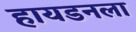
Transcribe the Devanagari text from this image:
हायडनला